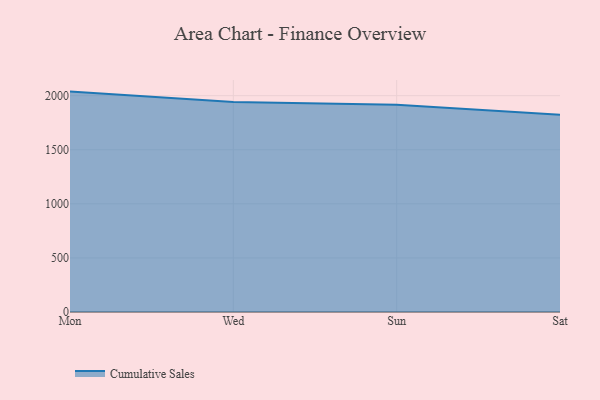
{"axis": {"x": "Day", "y": "Latency (ms)"}, "legend": ["Cumulative Sales"], "data": [{"x": "Mon", "y": 2037.6, "type": "Cumulative Sales"}, {"x": "Wed", "y": 1941.8, "type": "Cumulative Sales"}, {"x": "Sun", "y": 1917.0, "type": "Cumulative Sales"}, {"x": "Sat", "y": 1824.6, "type": "Cumulative Sales"}]}